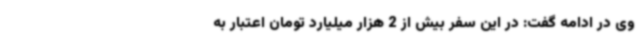
وی در ادامه گفت: در این سفر بیش از 2 هزار میلیارد تومان اعتبار به